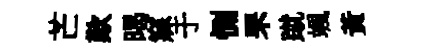
芒歎暍寐于惻罘蹴颯黄